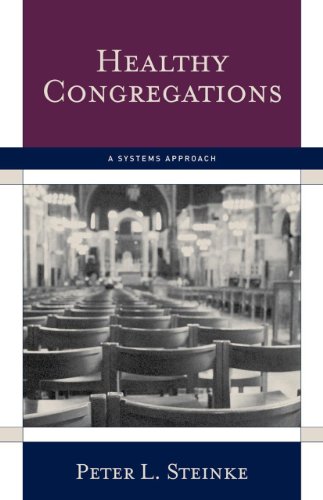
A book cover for Healthy Congregations: A Systems Approach; Peter L. Steinke; Christian Books & Bibles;